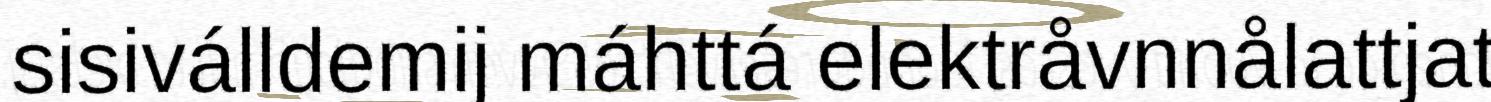
sisiválldemij máhttá elektråvnnålattjat